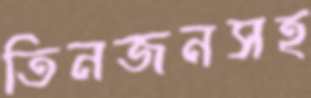
তিনজনসহ